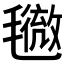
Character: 𣰓